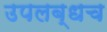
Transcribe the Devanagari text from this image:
उपलब्धच